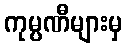
ကုမ္ပဏီများမှ